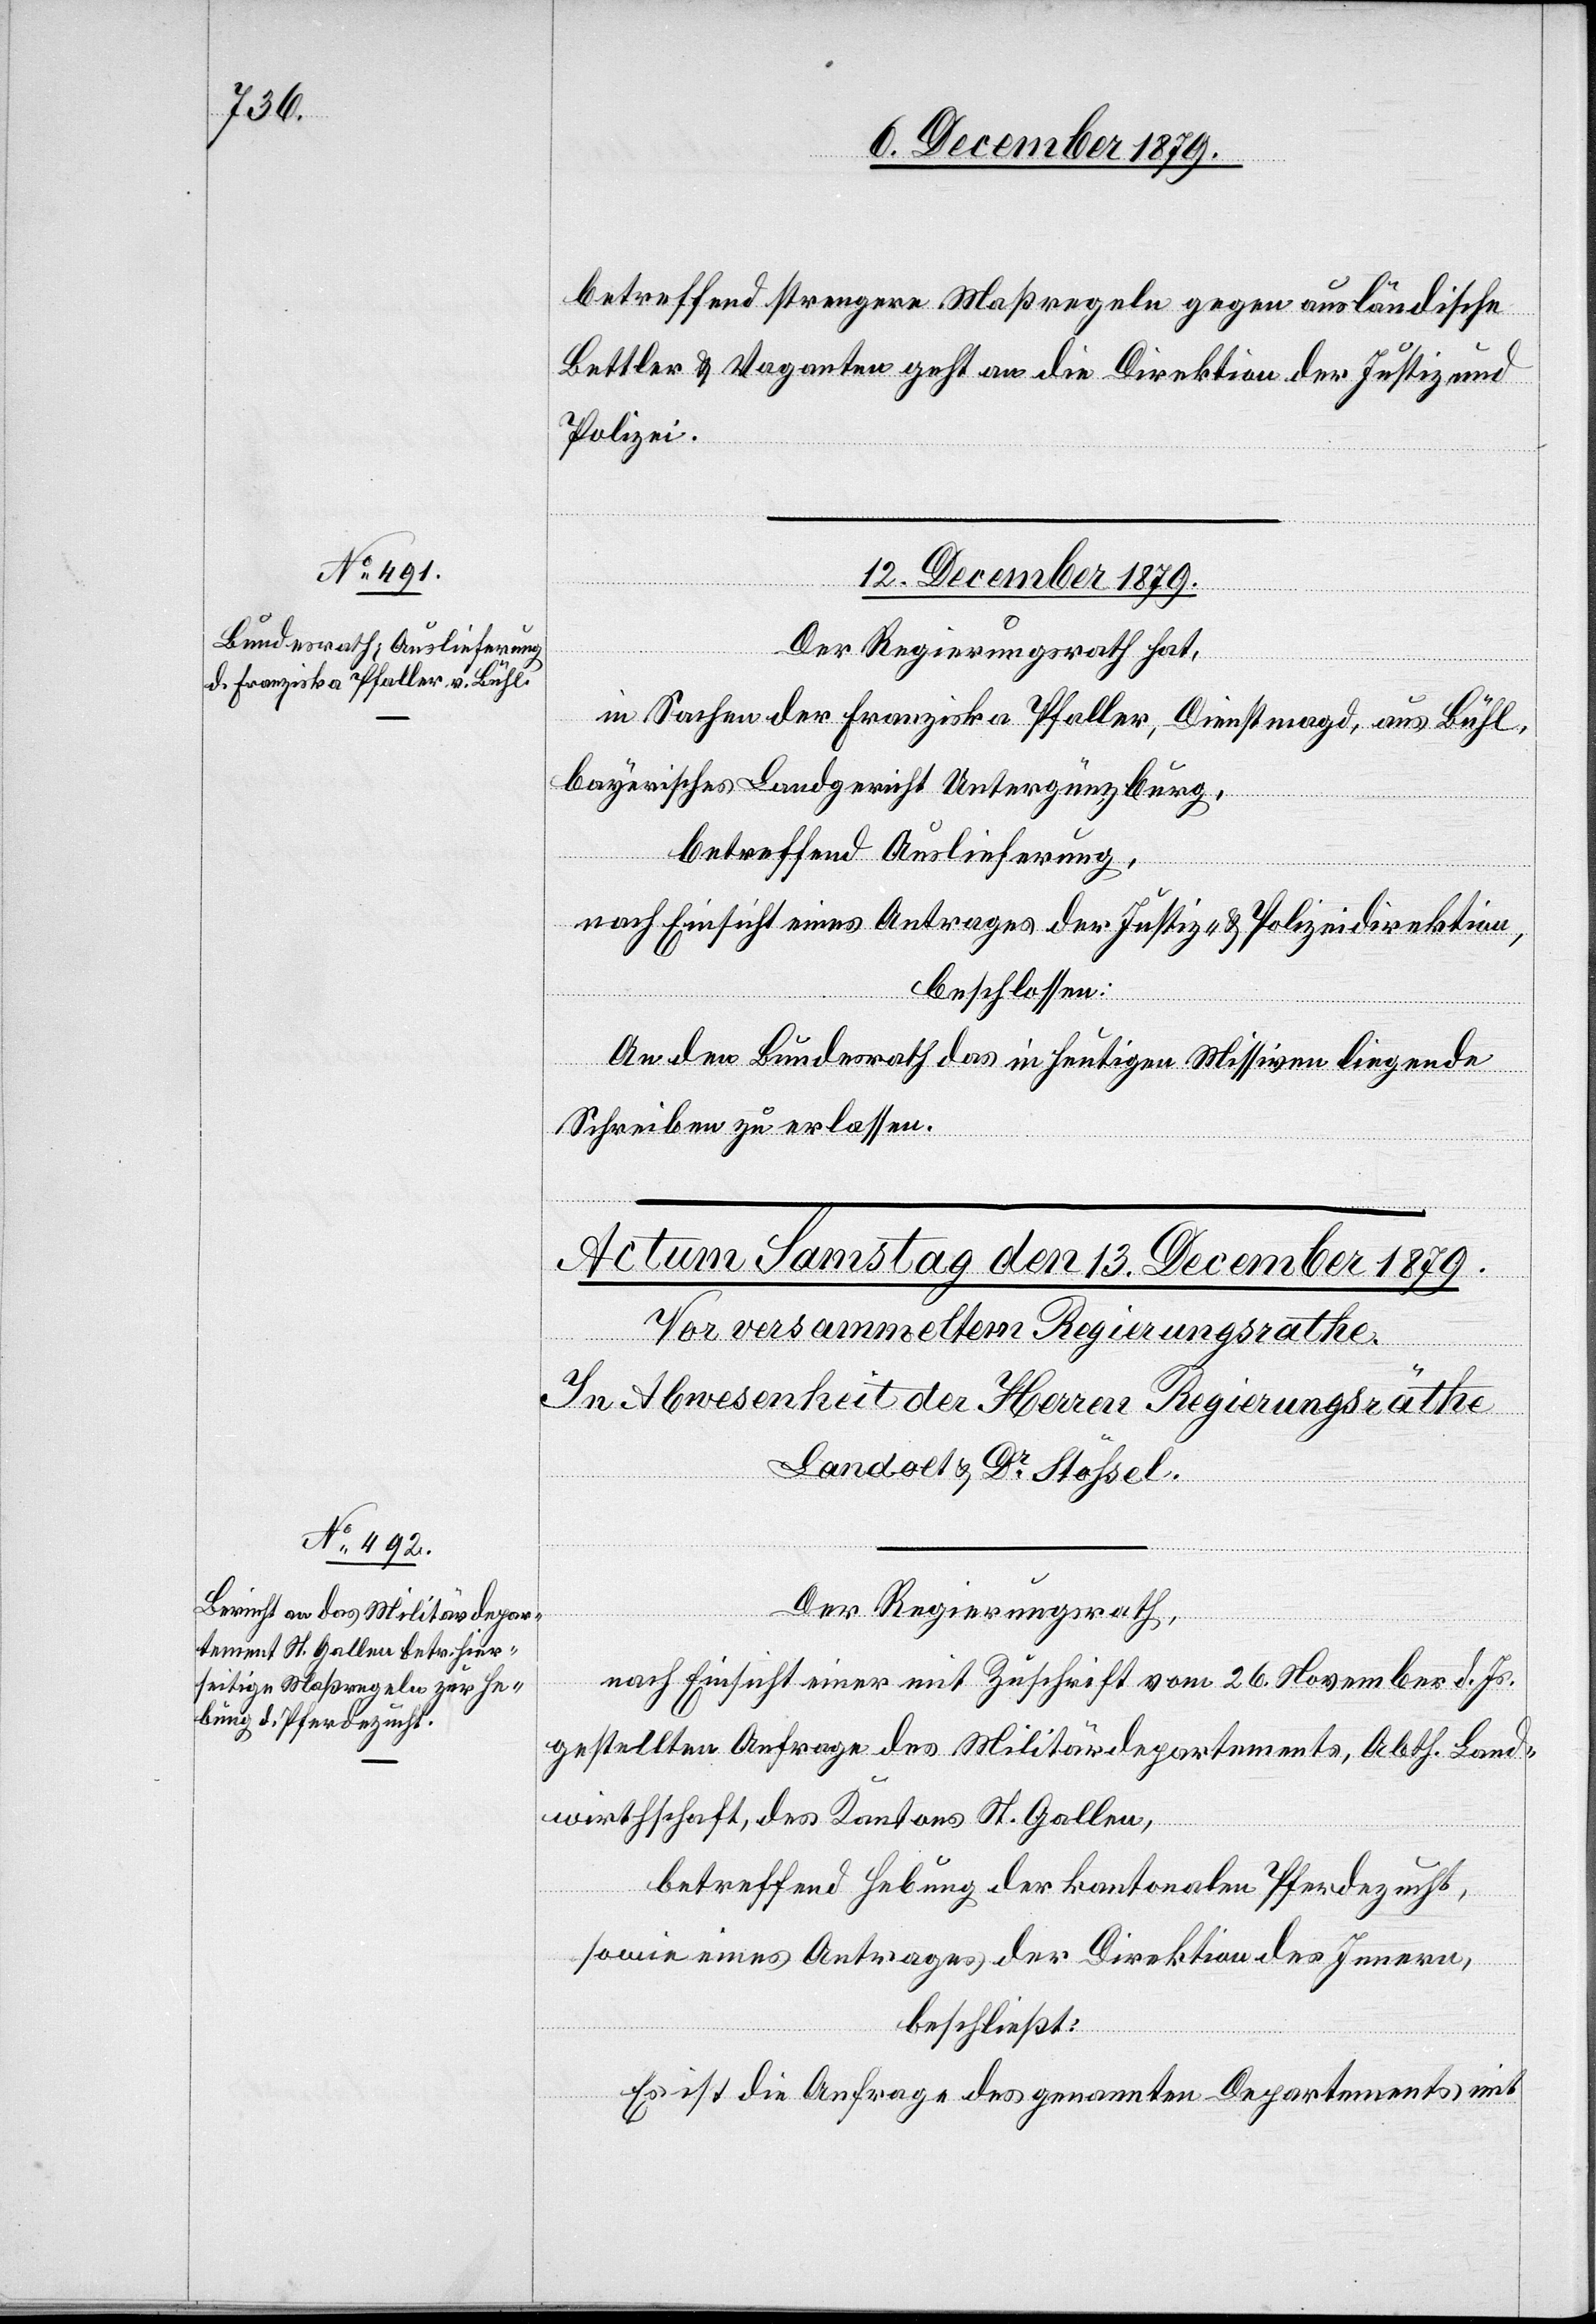
betreffend strengere Maßregeln gegen ausländische
Bettler & Vaganten geht an die Direktion der Justiz und
Polizei.
12. December 1879.
Der Regierungsrath hat,
in Sachen der Franziska Pfaller, Dienstmagd, aus Bühl,
bayerisches Landgericht Untergünzburg,
betreffend Auslieferung,
nach Einsicht eines Antrages der Justiz- & Polizeidirektion,
beschlossen:
An den Bundesrath das in heutigen Missiven liegende
Schreiben zu erlassen.
Der Regierungsrath,
nach Einsicht einer mit Zuschrift vom 26. November d. Js.
gestellten Anfrage des Militärdepartements, Abth. Land¬
wirthschaft, des Kantons St. Gallen,
betreffend Hebung der kantonalen Pferdezucht,
sowie eines Antrages der Direktion des Innern,
beschließt:
Es ist die Anfrage des genannten Departements mit